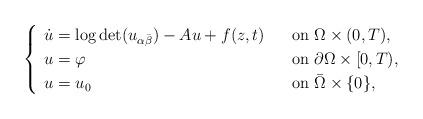
LaTeX: \begin{align*} \begin{cases} \begin{array}{ll} \dot{u}=\log\det (u_{\alpha\bar{\beta}})-Au+f(z,t)\;\;\;&\mbox{on}\;\Omega\times (0,T),\\ u=\varphi&\mbox{on}\;\partial\Omega\times [0,T),\\ u=u_0&\mbox{on}\;\bar{\Omega}\times\{ 0\},\\ \end{array} \end{cases} \end{align*}